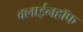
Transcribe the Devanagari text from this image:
क्लाईनहॉफ